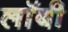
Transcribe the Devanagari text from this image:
लाॅबी